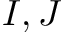
I , J